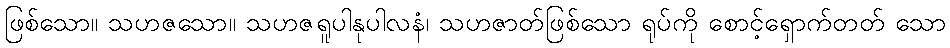
ဖြစ်သော။ သဟဇသော။ သဟဇရူပါနုပါလနံ၊ သဟဇာတ်ဖြစ်သော ရုပ်ကို စောင့်ရှောက်တတ် သော